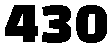
430